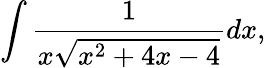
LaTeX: \int{\frac{1}{x{\sqrt{x^{2}+4x-4}}}}dx,